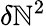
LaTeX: \delta\mathbb{N}^{2}